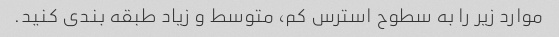
موارد زیر را به سطوح استرس کم، متوسط و زیاد طبقه بندی کنید.